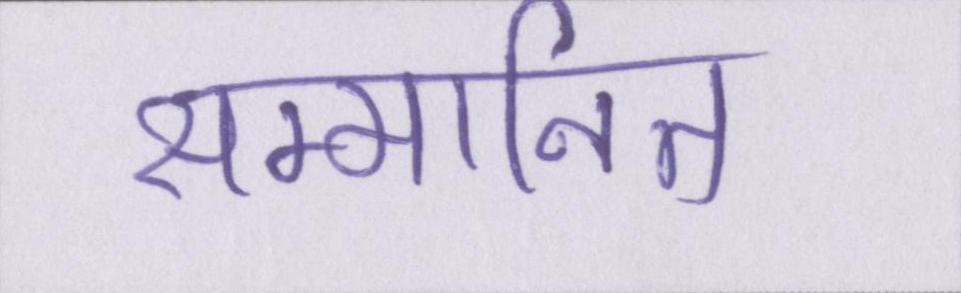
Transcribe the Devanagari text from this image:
सम्मानित